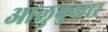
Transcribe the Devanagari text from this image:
आलुबुखार